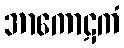
အာကောဋကံ